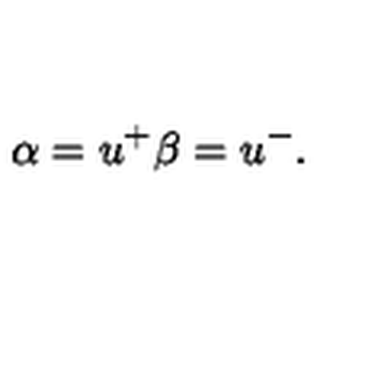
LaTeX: \alpha = u ^ { + } \beta = u ^ { - } .